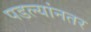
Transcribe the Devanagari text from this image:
पडल्यांनतर